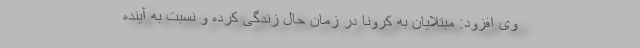
وی افزود: مبتلایان به کرونا در زمان حال زندگی کرده و نسبت به آینده